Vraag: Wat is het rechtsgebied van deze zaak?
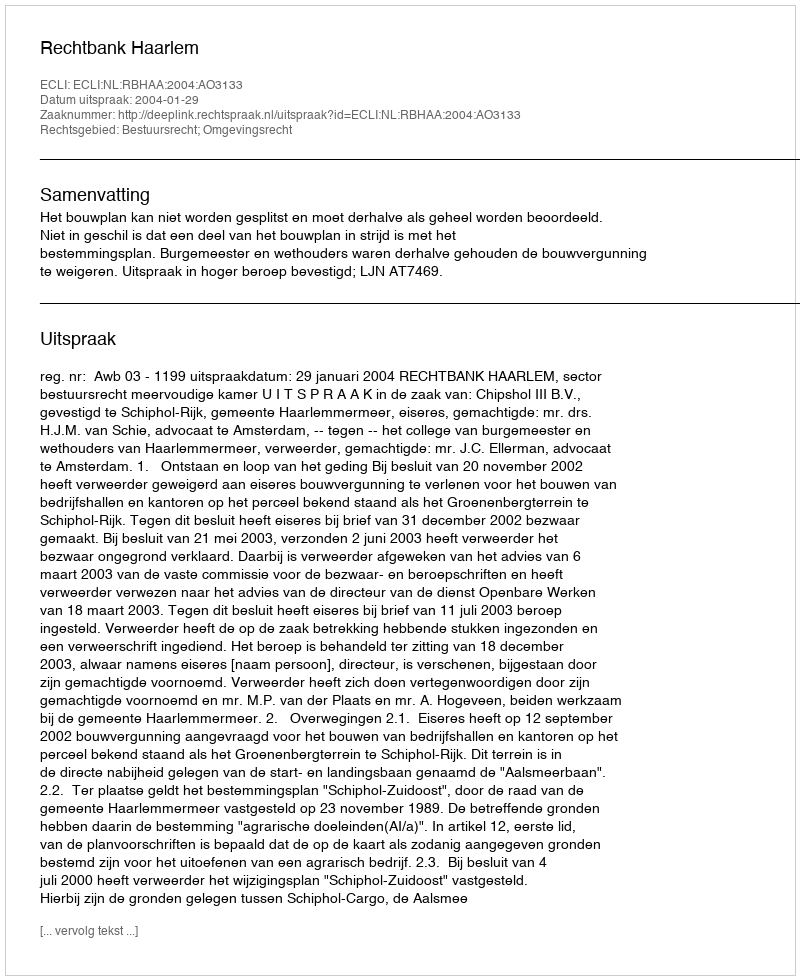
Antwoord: Bestuursrecht; Omgevingsrecht